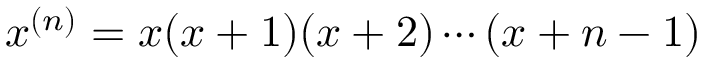
x ^ { ( n ) } = x ( x + 1 ) ( x + 2 ) \cdots ( x + n - 1 )